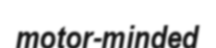
motor-minded